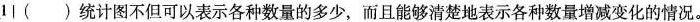
1丨()统计图不但可以表示各种数量的多少，而且能够清楚地表示各种数量增减变化的情况。